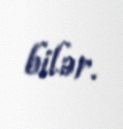
bilər.